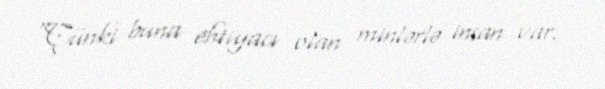
“Çünki buna ehtiyacı olan minlərlə insan var.